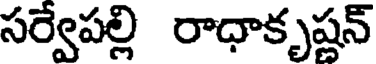
సర్వేపల్లి రాధాకృష్ణన్